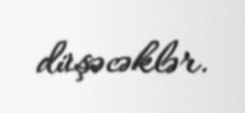
düşəcəklər.